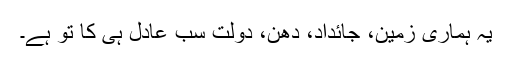
یہ ہماری زمین، جائداد، دھن، دولت سب عادل ہی کا تو ہے۔